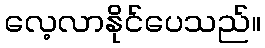
လေ့လာနိုင်ပေသည်။